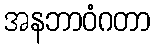
အနဘာဝံဂတာ